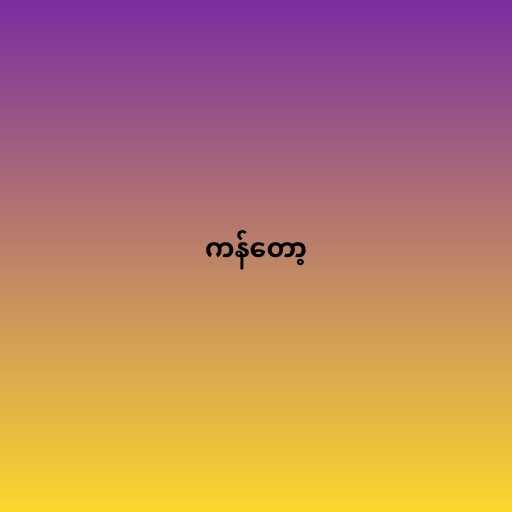
ကန်တော့